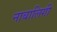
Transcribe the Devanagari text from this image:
नाबालिगी